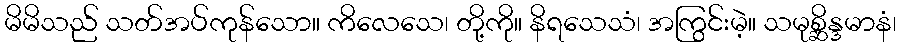
မိမိသည် သတ်အပ်ကုန်သော။ ကိလေသေ၊ တို့ကို။ နိရသေသံ၊ အကြွင်းမဲ့။ သမုစ္ဆိန္ဒမာနံ၊